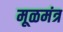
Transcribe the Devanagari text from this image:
मूळमंत्र